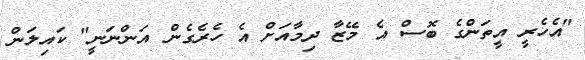
"އެހެރީ އީތަންގެ ބޮސް އެ މޭޒާ ދިމާއަށް އެ ހެރެގެން އަންނަނީ" ކައިލަން